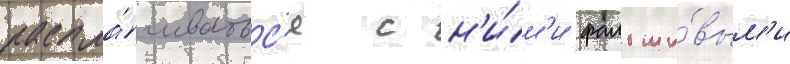
распла́чиватьс'я с н'и́м'и фальши́вым'и